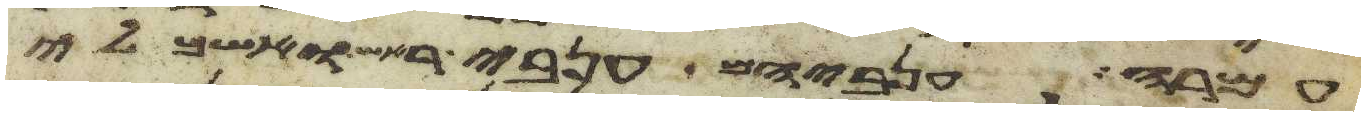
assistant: עמרה ענביהם ענבי ראש ואשכלי